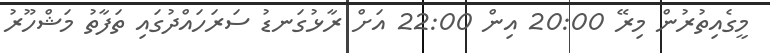
މީގެއިތުރުން މިރޭ 20:00 އިން 22:00 އަށް ރާޅުގަނޑު ސަރަހައްދުގައި ތަފާތު މަޝްހޫރު